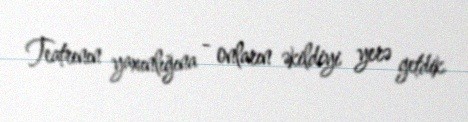
Teatrının yaxınlığına - onların əkildiyi yerə getdik.